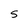
Character: S